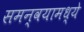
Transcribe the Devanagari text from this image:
समन्वयामध्ये